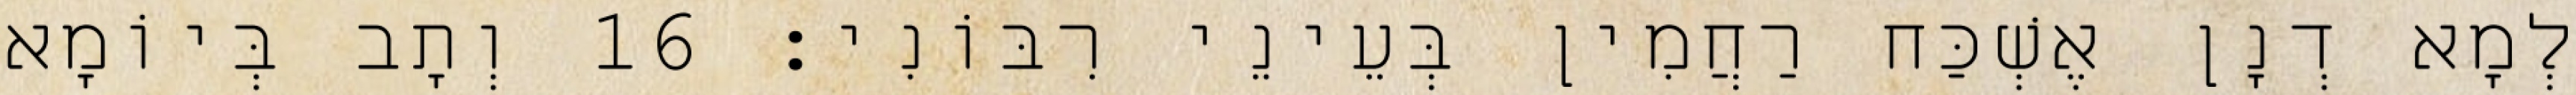
לְמָא דְנָן אֶשְׁכַּח רַחֲמִין בְּעֵינֵי רִבּוֹנִי׃ 16 וְתָב בְּיוֹמָא